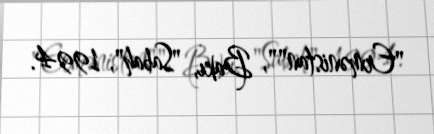
"Ermənistan"", Bakı, "Sabah", 1994.